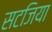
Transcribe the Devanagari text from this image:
सटजिया